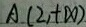
A ( 2 , + \infty )